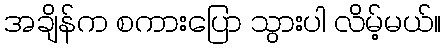
အချိန်က စကားပြော သွားပါ လိမ့်မယ်။